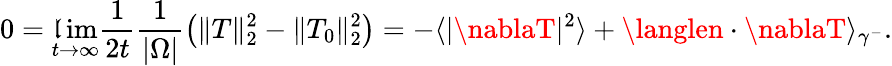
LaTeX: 0=\operatorname*{\mathfrak{l}im}_{t\to\infty}\frac{{1}}{{2t}}\frac{{1}}{{|\Omega|}}\left(\| T\| _{2}^{2}-\| T_{0}\| _{2}^{2}\right)=-\langle|\nablaT|^{2}\rangle+\langlen\cdot\nablaT\rangle_{\gamma^{-}}.